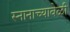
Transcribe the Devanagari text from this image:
स्नानाच्यावेळी